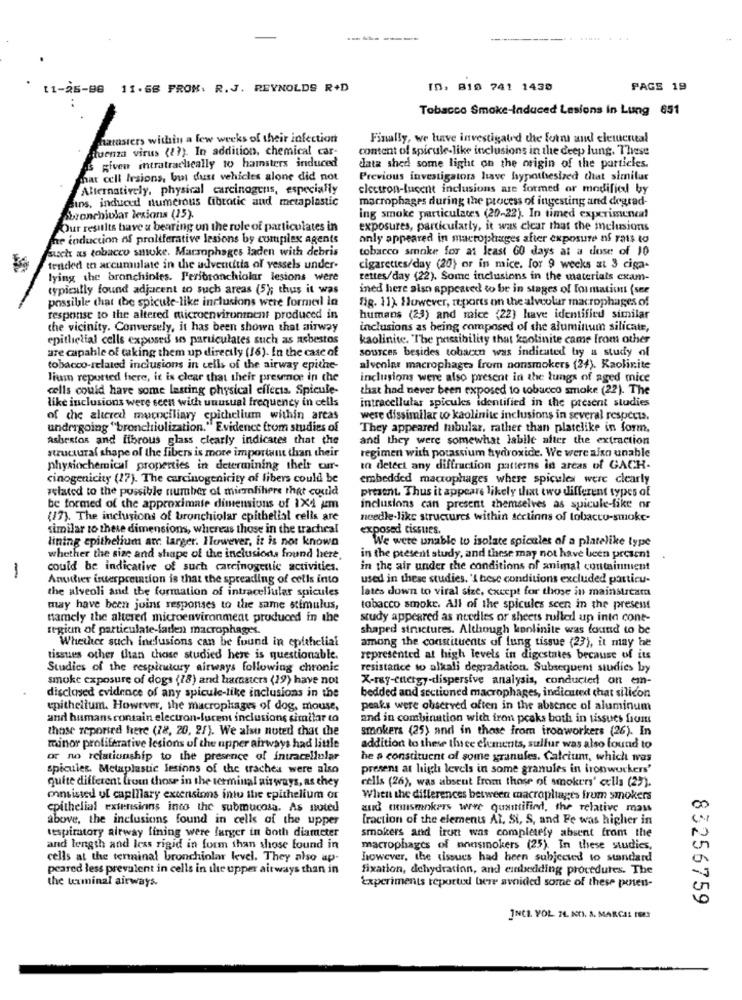
------
11-25-88 11.68 FROM: R.J. REYNOLDS R+D
ID, 810 741 1430
PAGE 19
...
Tobacco Smoke-Induced Lesions In Lung 651
harasters within a few weeks of their infection
Finally, we have investigated the form and elemental
situenza virus ( ?? ). In addition, chemical car-
content of spirule-like inclusions in the deep lung. These
IS given intratracheally to hamsters induced
data shed some light on the origin of the particles.
mat cell Irsions, but dust vehicles alone did not
Previous investigators have hypothesized that similar
Alternatively, physical carcinogens, especially
electron-lucent inclusions are formed or modified by
sins, induced numerous fibrotic and metaplastic
macrophages during the process of ingesting and degrad-
Abronchiolar lesions (15).
ing smoke particulates (20-22). In timed experimencal
Our results have a bearing on the role of particulates in
exposures, particularly, it was clear that the melusions
The induction of proliferative lesions by complex agents
only appeared in macrophages after exposure nf rats to
such as tobacco smoke. Marmophages laden with debris
tobacco smoke for at least 60 days at a dose of 10
tended to accumulate in the adventitia of vessels under-
cigarettes/day (20) or in mice. for 9 weeks at 3 ciga-
lying the branchinies. Peribronchiolar lesions were
rettes/day (22). Some inclusions in the materials cxam-
typically found adjacent to such areas (5); thus it was
ined here also appeared to be in stages of formation (see
possible that (be spicute-like inclusions were formel in
fig. 11). However, reports on the alveolar macrophages of
response to the altered microenvironment produced in
humans (23) and mice (22) have identified similar
the vicinity. Conversely, it has been shown that airway
inclusions as being composed of the aluminum silicate,
epithelial cells exposed se particulates such as asbestos
kaolinite. The possibility that kaolinite came from other
are capable of taking them up directly (16). In the case of
sources besides tobacen was indicated by a study of
tobacco-related inclusions in cells of the airway epithe-
alveolar macrophages from nonsmokers (24). Kaolinite
lium reported here, it is clear that their presence in the
inclusions were also present in the lungs of aged mice
cells could have some lasting physical effects. Spicule-
that had never been exposed to tobacco smoke (22). The
like inclusions were scen with unusual frequency in cells
intracellular spicules identified in the present studies
of the altered mocneiliary epithelium within arcas
were dissimilar to kaolinite inclusions in several respects.
undergoing "bronchiolization." Evidence from studies of
They appeared mbulaz, rather than platelike in form.
Ashestos and fibrous glass clearly indicates that the
and they were somewhat labile after the extraction
structural shape of the fibers is more important than their
regimen with potassium hydroxide. We were also unable
physiochemical properties in determining thelr cur-
to detect any diffraction patterns in areas of GACH-
cinogenicity (27). The carcinogenicity of fibers could be
embedded macrophages where spicules were clearly
related to the possible number of mirfihere that could
present. Thus it appeare likely that two different types of
be formed of the approximate dimensions of 1X1 pm
inclusions can present themselves as spicule-like or
(17). The inclusions of bronchiolar epithelial cells are
needle-like structures within acctinns of tobacco-smoke-
similar to these dimensions, whereas those in the tracheal
exposed tissues.
lining epithelium are larger. However, it is not known
We were unable to isolate spicales of a platelike type
whether the size and shape of the inclusions found here.
in the present study, and these may not have been present
could be indicative of such carcinogenic activities.
in the air under the conditions of animal containment
-
Anudier interpretation is that the spreading of cells into
used in these studies. 'I hese conditions excluded particu-
the alveoli and the formation of intracellular spicules
lates down to viral size, except for those in mainstreama
may have been joins responses to the same stimulus,
tobacco smoke. All of the spicules seen in the present
namely the altered microenvironment produced in the
study appeared as needles or sheets rulled up into cone-
region of particulate-faden macrophages.
shaped structures. Although konlinite was found to be
Whether such inclusions can be found in epithelial
among the constituents of lung tissue (23), it may be
tissues other than those studied here is questionable.
represented at high levels in digestates because of its
Studies of the respiratory airways following chronic
resistance to alkali degradation. Subsequent studies by
smoke exposure of dogs (18) and hamsters (19) have not
X-ray-energy-dispersive analysis, conducted on en-
disclosed evidence of any spicule-like inclusions in the
bedded and sectioned macrophages, indicated that silicon
epithelium. However, the macrophages of dog, mouse,
peaks were observed often in the absence of aluminum
and humans contain electron-lucent inclusions similar to
and in combination with iron peaks both in tissues from
these reported here (78, 20, 27). We also noted that the
smokers (25) and in those from tronworkers (26). In
minor proliferative lesions of the upper airways had little
addition to these three elements, sulfur was also found to
or no relationship to the presence of intracellular
he s constituent of some granules. Calcium, which was
spicules. Metaplastic lesions of the trachea were also
presens at high levels in some granules in ironwuckers'
quite different from those in the terminal airways, as they
cells (26), was absent From those of smokers' cells (27).
consisted of capillary extensions into the epithelium or
When the differences between macroplages from smokers
epithelial extensions into the submucosa, As noted
aud nonsmokers were quantified, the relative mass
above, the inclusions found in cells of the upper
[raction of the elements Al. Si, S, and Fe was higher in
smokers and irun was completely absent from the
ttspiratory airway fining were farger in both diameter
and length and less rigid in form than shose found in
macrophages of nonsmokers (25). In these studies,
cells at the terminal bronchiolar kevel. They also ap-
however, the tissues had been subjected to standard
peared less prevalent in cells in the upper airways than in
fixation, dehydration, and einbeiding procedures. The
the terminal airways
Experiments reported bere avoided some of these ponsen-
83256759
INCI. YOL 74. KUI. S. MARCEL ISES